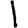
Digit: 1